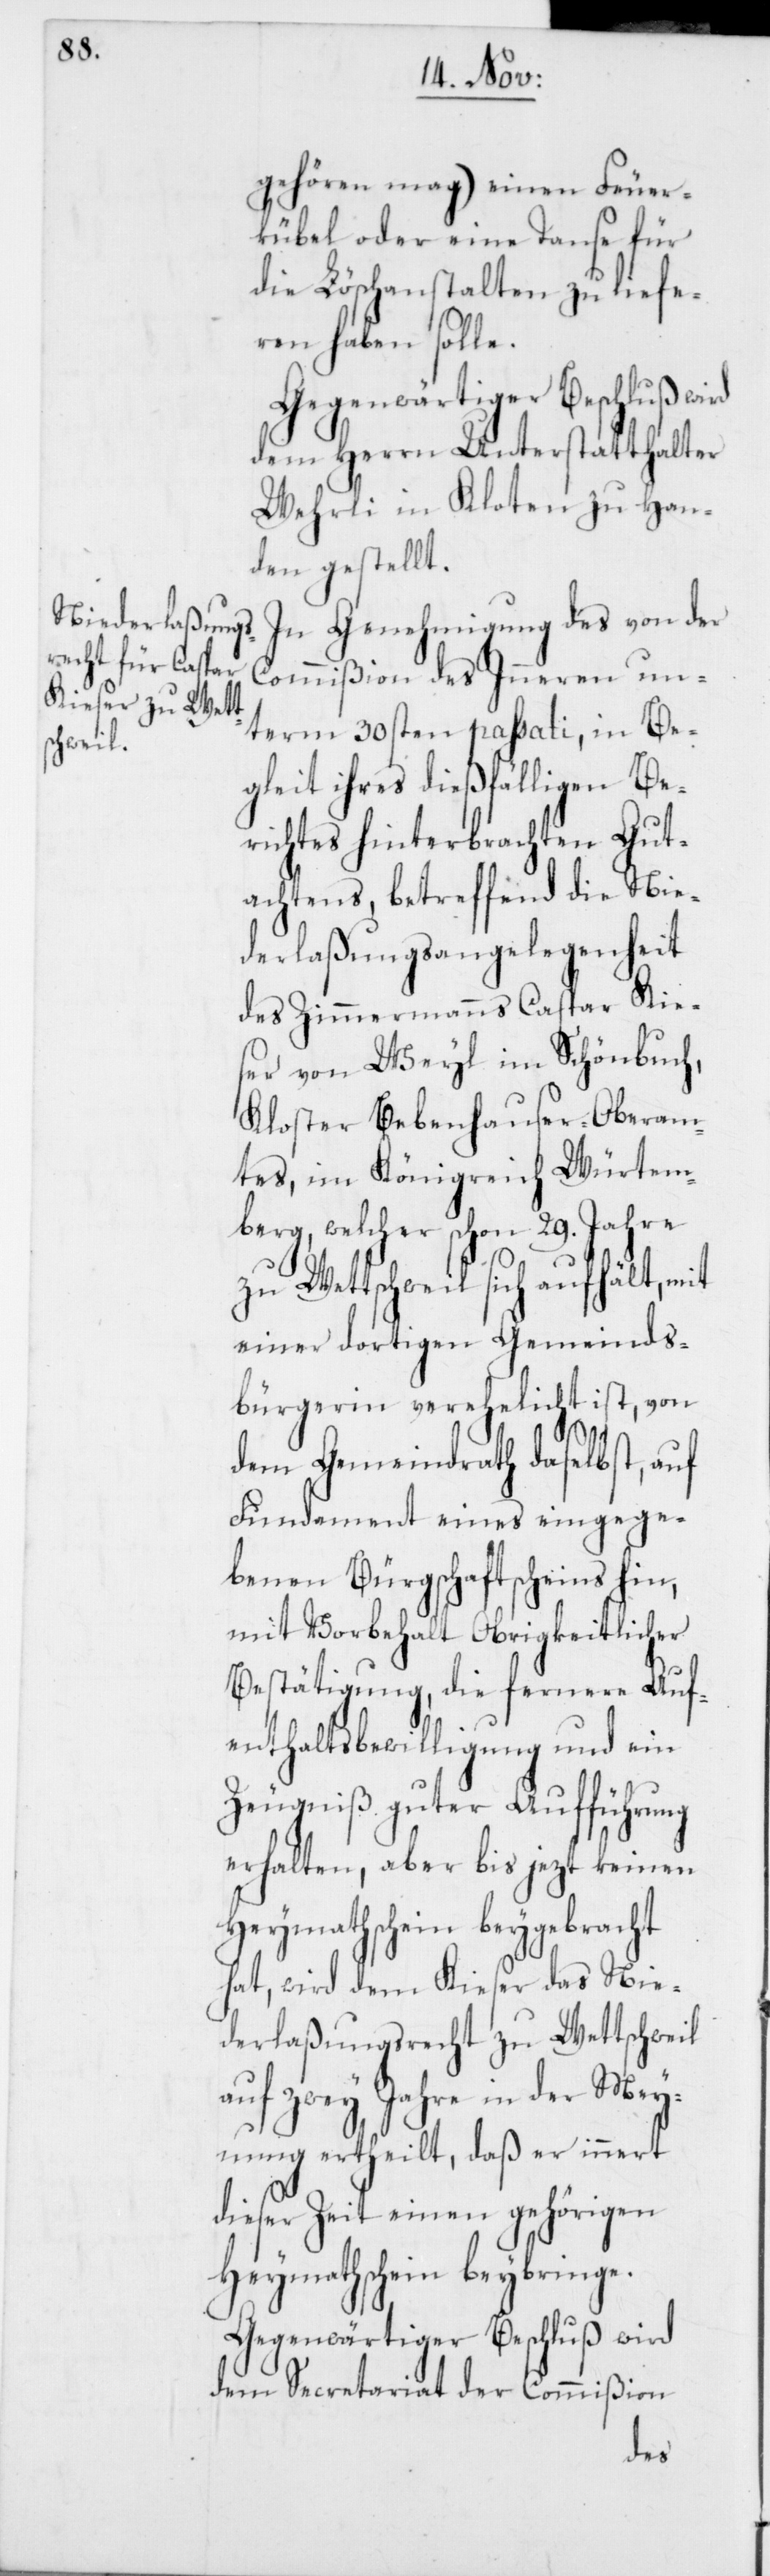
gehören mag) einen Feuer¬
kübel oder eine Tanse für
die Löschanstalten zu liefe¬
ren haben solle.
Gegenwärtiger Beschluß wird
dem Herrn Unterstatthalter
Wehrli in Kloten zu Han¬
den gestellt.
In Genehmigung des von der
Commißion des Inneren un¬
term 30sten passati, in Be¬
gleit ihres dießfälligen Be¬
richtes hinterbrachten Gut¬
achtens, betreffend die Nie¬
derlaßungsangelegenheit
des Zimmermanns Caspar Kie¬
ser von Weyl im Schönbuch,
Kloster-Bebenhauser-Oberam¬
tes im Königreich Würtem¬
berg, welcher schon 29. Jahre
zu Wettschweil sich aufhält, mit
einer dortigen Gemeinds¬
bürgerin verehelicht ist, von
dem Gemeindrath daselbst auf
Fundament eines eingege¬
benen Bürgschaftsschein hin,
mit Vorbehalt Obrigkeitlicher
Besthätigung, die fernere Auf¬
enthaltsbewilligung und ein
Zeugniß guter Aufführung
erhalten, aber bis jezt keinen
Heymathschein beygebracht
hat, wird dem Kieser das Nie¬
derlaßungsrecht zu Wettschweil
auf zwey Jahre in der Mey¬
nung ertheilt, daß er innert
dieser Zeit einen gehörigen
Heymathschein beybringe.
Gegenwärtiger Beschluß wird
dem Secretariat der Commißion